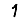
Digit: 1